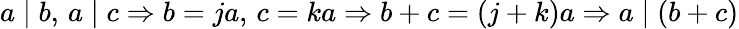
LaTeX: a\mid b,\, a\mid c\Rightarrow b=ja,\, c=ka\Rightarrow b+c=(j+k)a\Rightarrow a\mid(b+c)